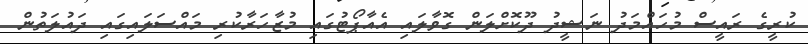
ކުރީގެ ރައީސް މުހައްމަދު ނަޝީދު ދޫކޮށްލަން ގޮވާލައި އެއާޕޯޓުގައި މުޒާހަރާކުރި މައްސަލައިގައި ދައުލަތުން